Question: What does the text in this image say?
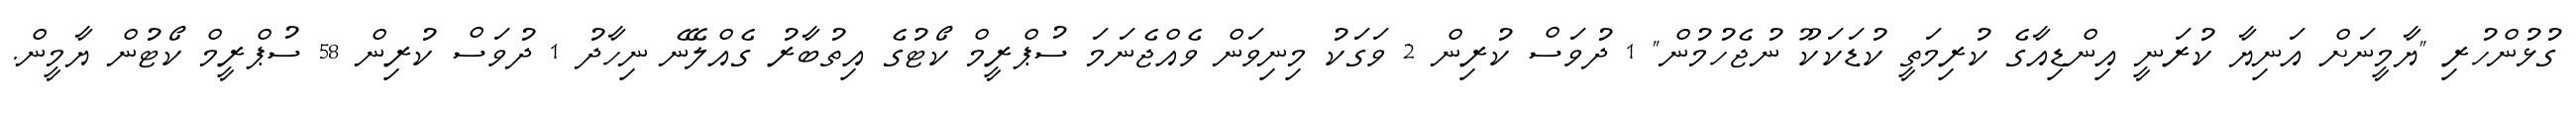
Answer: ގުޅުންހުރި "ޔާމީނަށް އަނިޔާ ކުރަނީ އިންޑިއާގެ ކުރިމަތީ ކުޑަކަކޫ ނުޖެހުމުން" 1 ދުވަސް ކުރިން 2 ވަގަކު މިނިވަން ވެއްޖެނަމަ ސުޕްރީމް ކޯޓުގެ އިތުބާރު ގެއްލޭނެ ނިހާދު 1 ދުވަސް ކުރިން 58 ސުޕްރީމް ކޯޓުން ޔާމީން.